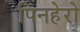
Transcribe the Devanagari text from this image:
पिनहेरो